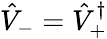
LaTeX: \hat{V}_{-}=\hat{V}_{+}^{\dagger}